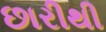
છારીથી